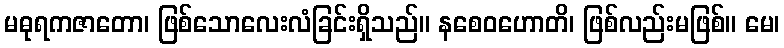
မဓုရကဇာတော၊ ဖြစ်သောလေးလံခြင်းရှိသည်။ နစေဝဟောတိ၊ ဖြစ်လည်းမဖြစ်။ မေ၊